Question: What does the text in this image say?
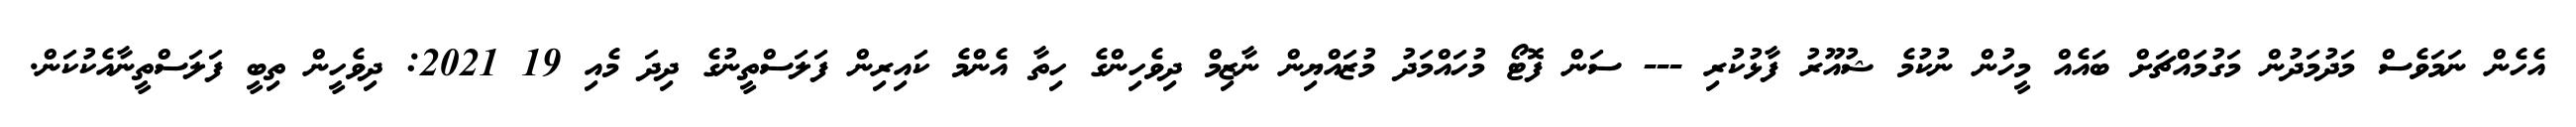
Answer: އެހެން ނަމަވެސް މަދުމަދުން މަގުމައްޗަށް ބައެއް މީހުން ނުކުމެ ޝުއޫރު ފާޅުކުރި --- ސަން ފޮޓޯ މުހައްމަދު މުޒައްޔިން ނާޒިމް ދިވެހިންގެ ހިތާ އެންމެ ކައިރިން ފަލަސްތީނުގެ ދިދަ މެއި 19 2021: ދިވެހީން ތިބީ ފަލަސްތީނާއެކުކަން.